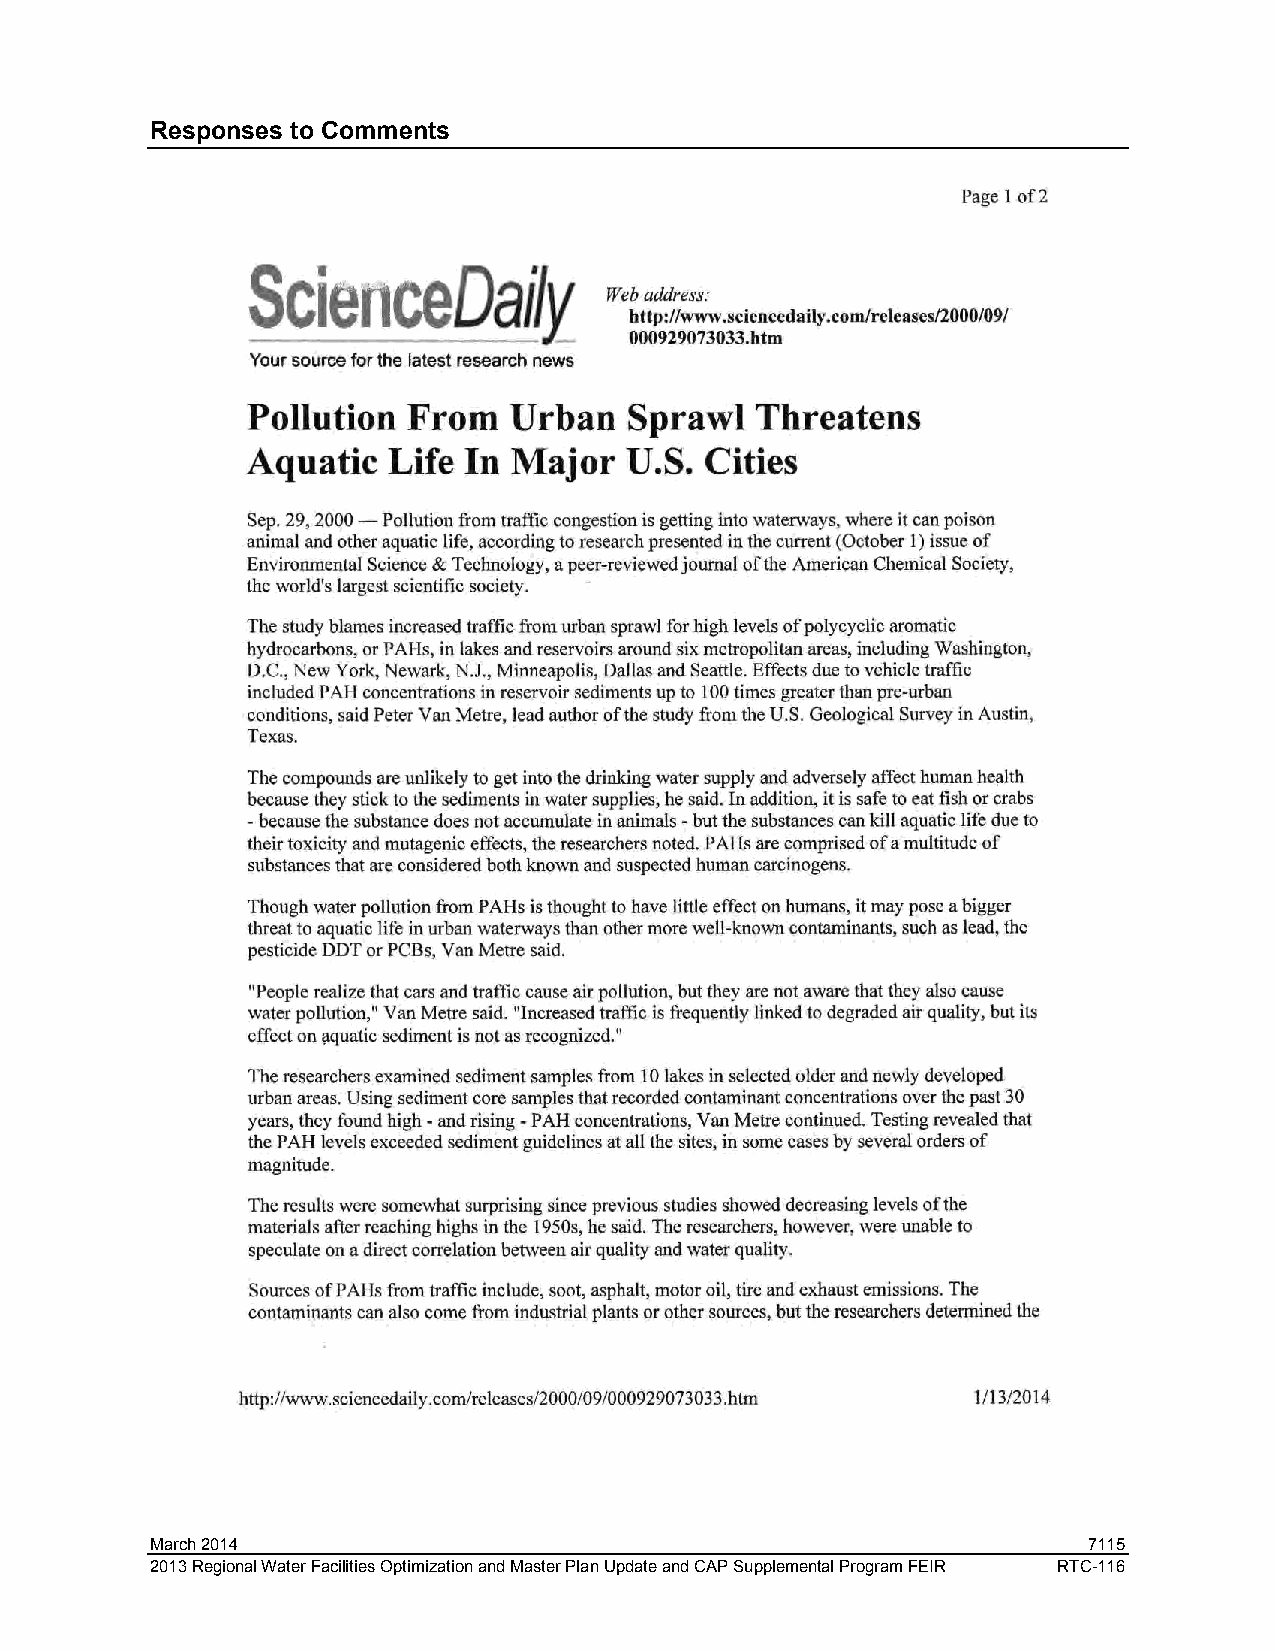
Responses to Comments
 March 2014                                                    7115
 2013 Regional Water Facilities Optimization and Master Plan Update and CAP Supplemental Program FEIR RTC-116